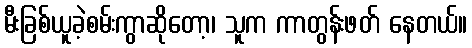
မီးခြစ်ယူခဲ့စမ်းကွာဆိုတော့၊ သူက ကာတွန်းဖတ် နေတယ်။